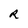
Character: R